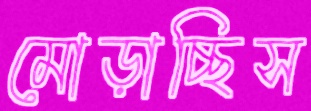
মোড়াচ্ছিস